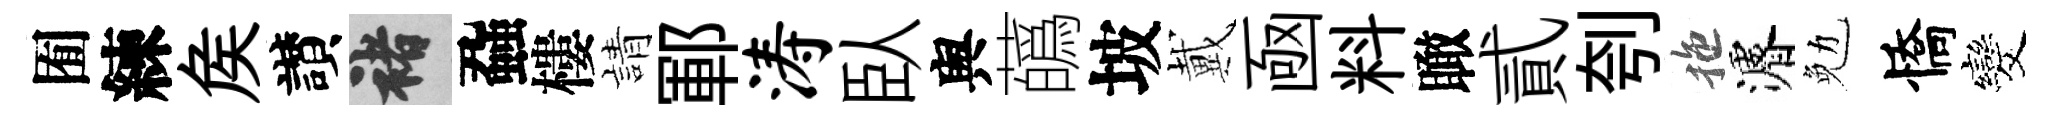
囿練矦讃褚蝨樓請鄆涛臥舆蘤坡戴凾料瞰貳刳拖濬勉憍发